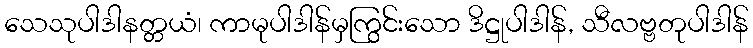
သေသုပါဒါနတ္တယံ၊ ကာမုပါဒါန်မှကြွင်းသော ဒိဋ္ဌုပါဒါန်, သီလဗ္ဗတုပါဒါန်